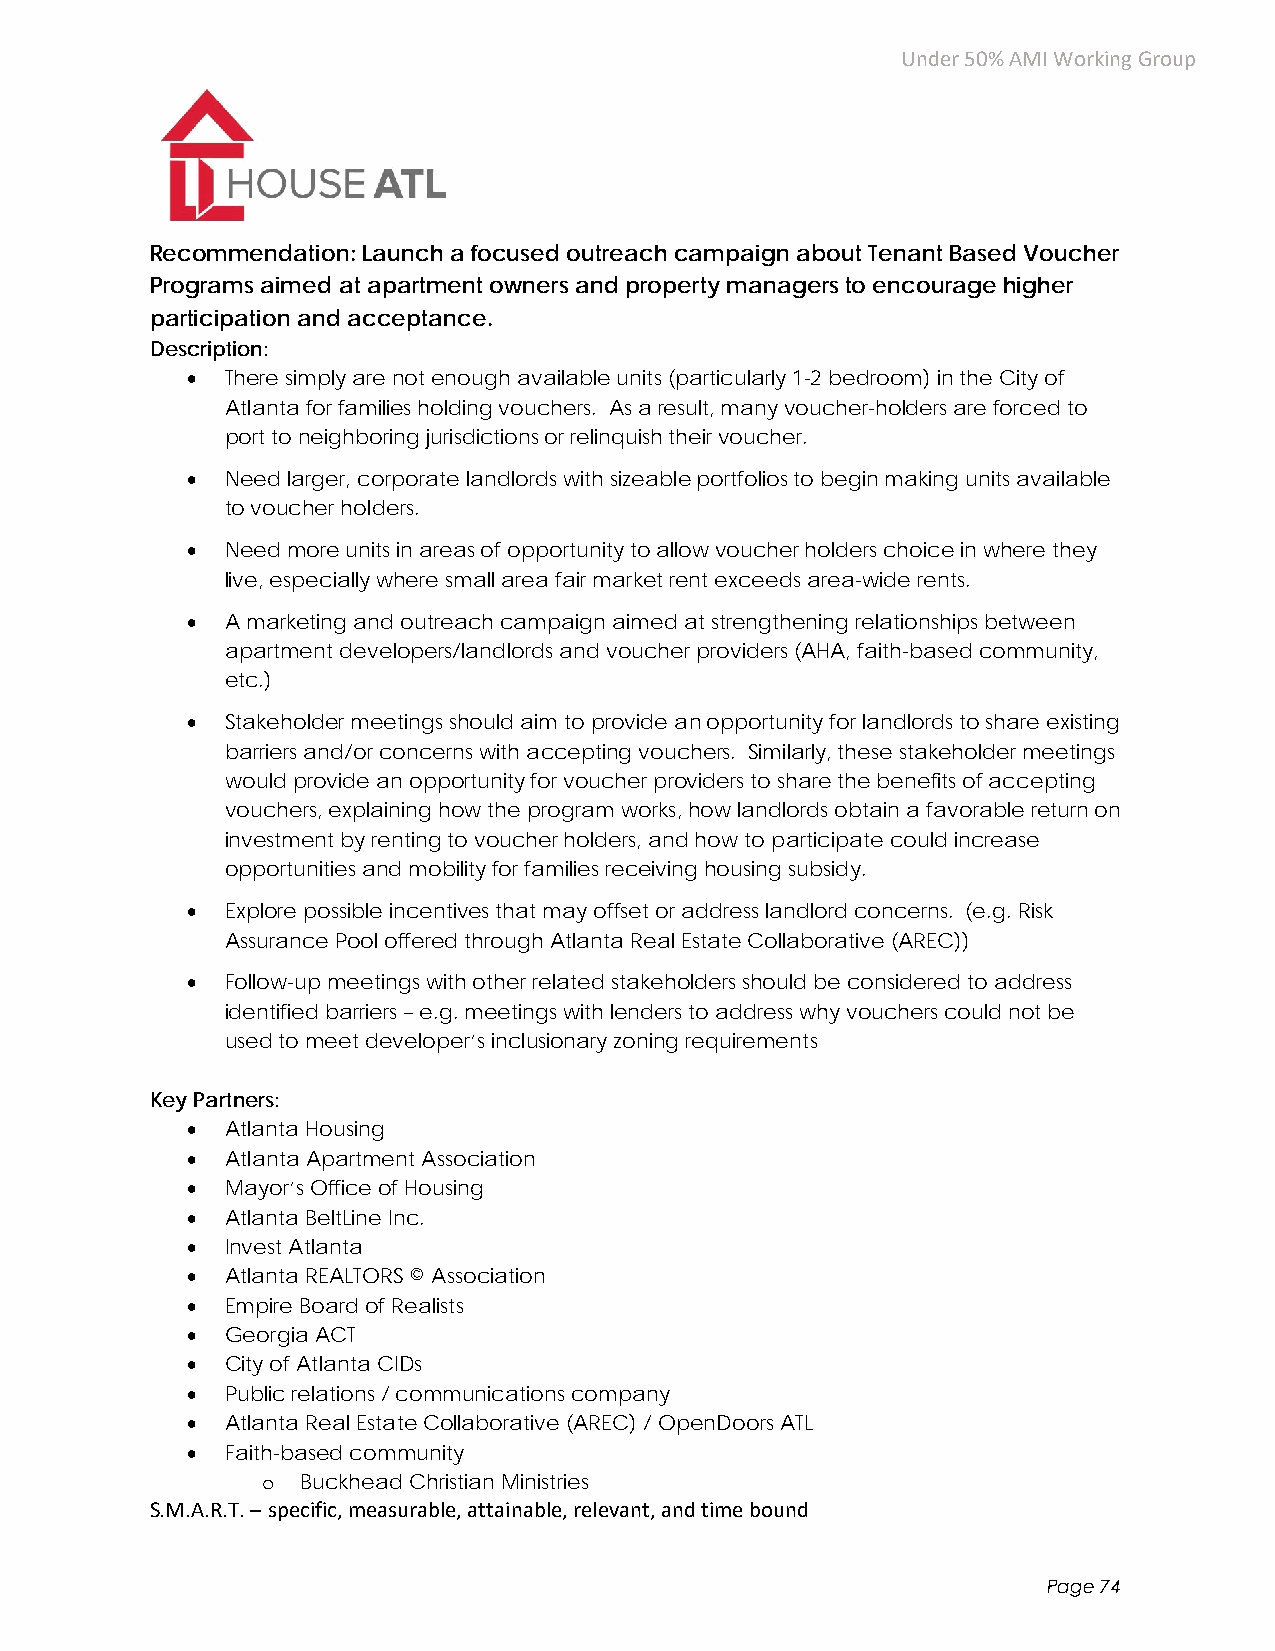
Under 50% AMI Working Group
 Recommendation: Launch a focused outreach campaign about Tenant Based Voucher
 Programs aimed at apartment owners and property managers to encourage higher
 participation and acceptance.
 Description:
   There simply are not enough available units (particularly 1-2 bedroom) in the City of
 Atlanta for families holding vouchers. As a result, many voucher-holders are forced to
 port to neighboring jurisdictions or relinquish their voucher.
   Need larger, corporate landlords with sizeable portfolios to begin making units available
 to voucher holders.
   Need more units in areas of opportunity to allow voucher holders choice in where they
 live, especially where small area fair market rent exceeds area-wide rents.
   A marketing and outreach campaign aimed at strengthening relationships between
 apartment developers/landlords and voucher providers (AHA, faith-based community,
 etc.)
   Stakeholder meetings should aim to provide an opportunity for landlords to share existing
 barriers and/or concerns with accepting vouchers. Similarly, these stakeholder meetings
 would provide an opportunity for voucher providers to share the benefits of accepting
 vouchers, explaining how the program works, how landlords obtain a favorable return on
 investment by renting to voucher holders, and how to participate could increase
 opportunities and mobility for families receiving housing subsidy.
   Explore possible incentives that may offset or address landlord concerns. (e.g. Risk
 Assurance Pool offered through Atlanta Real Estate Collaborative (AREC))
   Follow-up meetings with other related stakeholders should be considered to address
 identified barriers – e.g. meetings with lenders to address why vouchers could not be
 used to meet developer’s inclusionary zoning requirements
 Key Partners:
   Atlanta Housing
   Atlanta Apartment Association
   Mayor’s Office of Housing
   Atlanta BeltLine Inc.
   Invest Atlanta
   Atlanta REALTORS © Association
   Empire Board of Realists
   Georgia ACT
   City of Atlanta CIDs
   Public relations / communications company
   Atlanta Real Estate Collaborative (AREC) / OpenDoors ATL
   Faith-based community
 o  Buckhead Christian Ministries
 S.M.A.R.T. – specific, measurable, attainable, relevant, and time bound
 Page 74